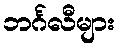
ဘင်္ဂလီများ